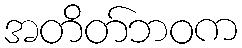
အတိတ်ဘဝက